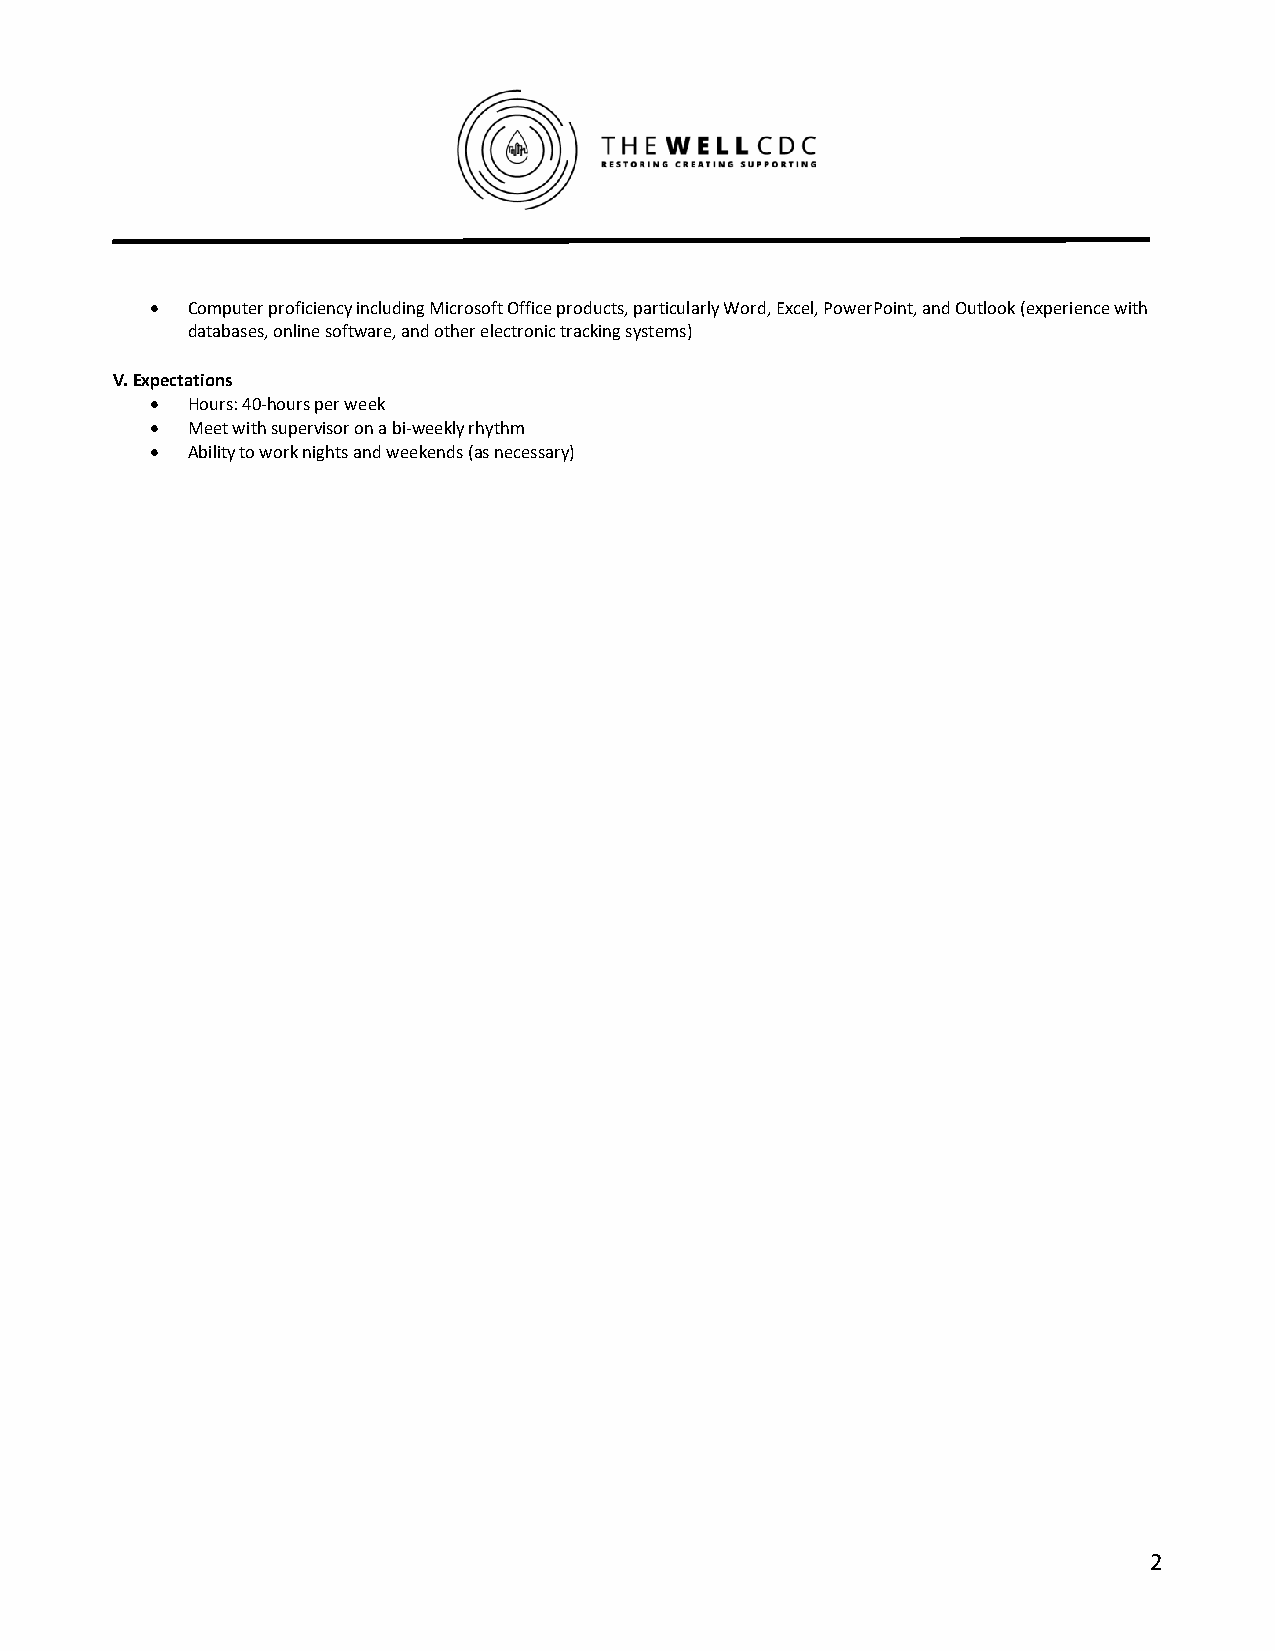
• Computer proficiency including Microsoft Office products, particularly Word, Excel, PowerPoint, and Outlook (experience with
 databases, online software, and other electronic tracking systems)
 V. Expectations
 • Hours: 40-hours per week
 • Meet with supervisor on a bi-weekly rhythm
 • Ability to work nights and weekends (as necessary)
 2